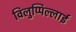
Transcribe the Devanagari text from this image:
विलुप्पिल्लाई